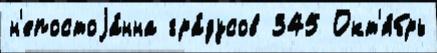
н'епостоjа́нна гра́дусов 345 Окт'я́брь